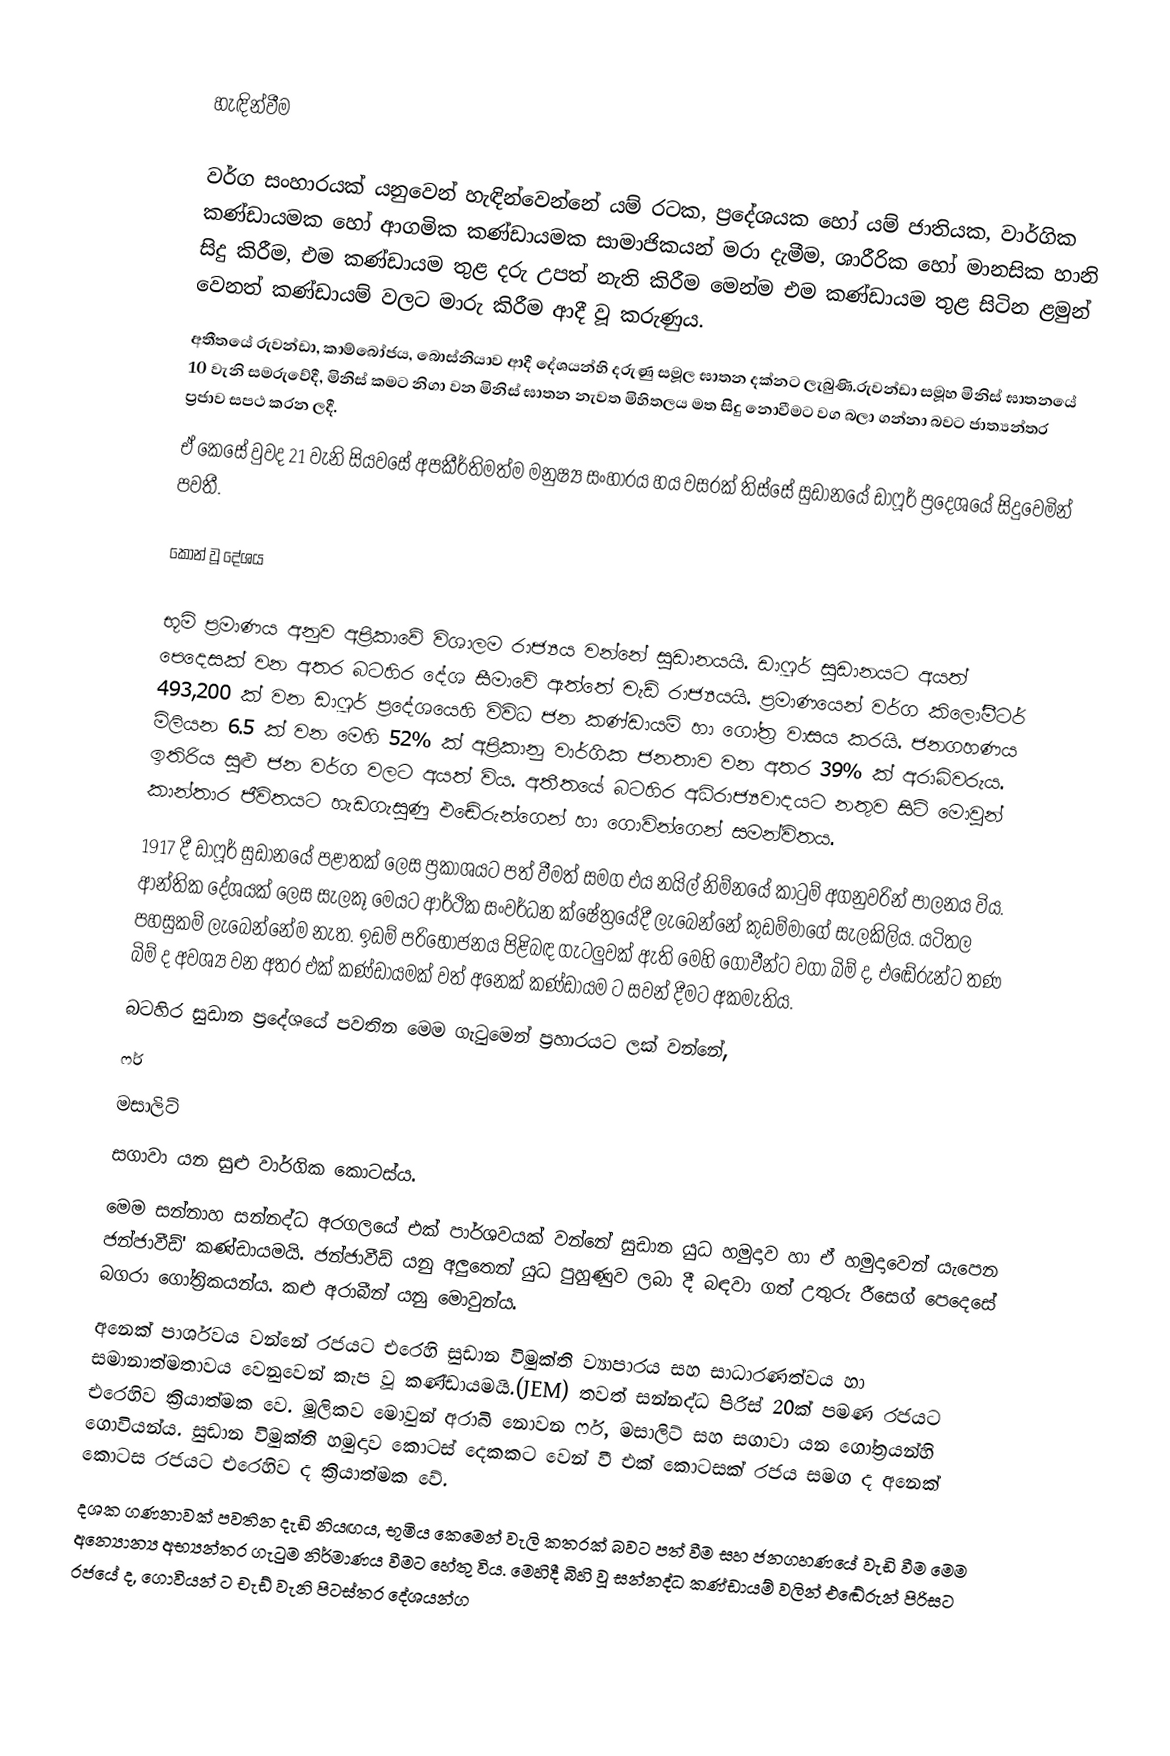

හැඳින්වීම

වර්ග සංහාරයක් යනුවෙන් හැඳින්වෙන්නේ යම් රටක, ප්‍රදේශයක හෝ යම් ජාතියක‍‍‍‍‍‍‍, වාර්ගික කණ්ඩායමක හෝ ආගමික කණ්ඩායමක සාමාජිකයන් මරා දැමීම, ශාරීරික හෝ මානසික හානි සිදු කිරීම, එම කණ්ඩායම තුළ දරු උපත් නැති කිරීම මෙන්ම එම කණ්ඩායම තුළ සිටින ළමුන් වෙනත් කණ්ඩායම් වලට මාරු කිරීම ආදී වූ කරුණුය.
අතීතයේ රුවන්ඩා, කාම්බෝජය, බොස්නියාව ආදී දේශයන්හි දරුණු සමූල ඝාතන දක්නට ලැබුණි.රුවන්ඩා සමූහ මිනිස් ඝාතනයේ 10 වැනි සමරුවේදී, මිනිස් කමට නිගා වන මිනිස් ඝාතන නැවත මිහිතලය මත සිදු නොවීමට වග බලා ගන්නා බවට ජාත්‍යන්තර ප්‍රජාව සපථ කරන ලදී.
ඒ කෙසේ වුවද 21 වැනි සියවසේ අපකීර්තිමත්ම මනුෂ්‍ය සංහාරය හය වසරක් තිස්සේ සුඩානයේ ඩාෆූර් ප්‍රදෙශයේ සිදුවෙමින් පවතී.

කොන් වූ දේශය

භූමි ප්‍රමාණය අනුව අප්‍රිකාවේ විශාලම රාජ්‍යය වන්නේ සුඩානයයි. ඩාෆූර් සුඩානයට අයත් පෙදෙසක් වන අතර බටහිර දේශ සීමාවේ ඇත්තේ චැඩ් රාජ්‍යයයි. ප්‍රමාණයෙන් වර්ග කිලෝමීටර් 493,200 ක් වන ඩාෆූර් ප්‍රදේශයෙහි විවිධ ජන කණ්ඩායම් හා ගෝත්‍ර වාසය කරයි. ජනගහණය මිලියන 6.5 ක් වන මෙහි 52% ක් අප්‍රිකානු වාර්ගික ජනතාව වන අතර 39% ක් අරාබිවරුය. ඉතිරිය සුළු ජන වර්ග වලට අයත් විය. අතීතයේ බටහිර අධිරාජ්‍යවාදයට නතුව සිටි මොවුන් කාන්තාර ජීවිතයට හැඩගැසුණු එ‍ඬේරුන්ගෙන් හා ගොවින්ගෙන් සමන්විතය.
1917 දී ඩාෆූර් සුඩානයේ පළාතක් ලෙස ප්‍රකාශයට පත් වීමත් සමග එය නයිල් නිම්නයේ කාටුම් අගනුවරින් පාලනය විය. ආන්තික දේශයක් ලෙස සැලකූ මෙයට ආර්ථික සංවර්ධන ක්ෂේත්‍රයේදී ලැබෙන්නේ කුඩම්මාගේ සැලකිලිය. යටිතල පහසුකම් ලැබෙන්නේම නැත. ඉඩම් පරිභෝජනය පිළිබඳ ගැටලුවක් ඇති මෙහි ගොවීන්ට වගා බිම් ද, එ‍ඬේරුන්ට තණ බිම් ද අවශ්‍ය වන අතර එක් කණ්ඩායමක් වත් අනෙක් කණ්ඩායම ට සවන් දීමට අකමැතිය.
බටහිර සුඩාන ප්‍රදේශයේ පවතින මෙම ගැටුමෙන් ප්‍රහාරයට ලක් වන්නේ,
ෆර්
මසාලිට්
සගාවා යන සුළු වාර්ගික කොටස්ය.
	මෙම සන්නාහ සන්නද්ධ අරගලයේ එක් පාර්ශවයක් වන්නේ සුඩාන යුධ හමුදාව හා ඒ හමුදාවෙන් යැපෙන ජන්ජාවීඩ්' කණ්ඩායමයි. ජන්ජාවීඩ් යනු අලුතෙන් යුධ පුහුණුව ලබා දී බඳවා ගත් උතුරු රීසෙග් පෙදෙසේ බගරා ගෝත්‍රිකයන්ය. කළු අරාබීන් යනු මොවුන්ය.
	අනෙක් පාර්ශවය වන්නේ රජයට එරෙහි සුඩාන විමුක්ති ව්‍යාපාරය සහ සාධාරණත්වය හා සමානාත්මතාවය වෙනුවෙන් කැප වූ කණ්ඩායමයි.(JEM) තවත් සන්නද්ධ පිරිස් 20ක් පමණ රජයට එරෙහිව ක්‍රියාත්මක වෙ. මූලිකව මොවුන් අරාබි නොවන ෆර්, මසාලිට් සහ සගාවා යන ගෝත්‍රයන්හි ගොවියන්ය. සුඩාන විමුක්ති හමුදාව කොටස් දෙකකට වෙන් වී එක් කොටසක් රජය සමග ද අනෙක් කොටස රජයට එරෙහිව ද ක්‍රියාත්මක වේ.
	දශක ගණනාවක් පවතින දැඩි නියඟය, භූමිය කෙමෙන් වැලි කතරක් බවට පත් වීම සහ ජනගහණයේ වැඩි වීම මෙම අන්‍යොන්‍ය අභ්‍යන්තර ගැටුම නිර්මාණය වීමට හේතු විය. මෙහිදී බිහි වූ සන්නද්ධ කණ්ඩායම් වලින් එ‍ඬේරුන් පිරිසට රජයේ ද,  ගොවියන් ට චැඩ් වැනි පිටස්තර දේශයන්ග